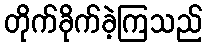
တိုက်ခိုက်ခဲ့ကြသည်